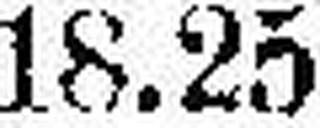
18.25